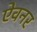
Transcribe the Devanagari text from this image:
ऐवनर